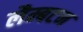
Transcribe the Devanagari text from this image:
लैम्बटन